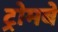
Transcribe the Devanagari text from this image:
ट्रोमबे